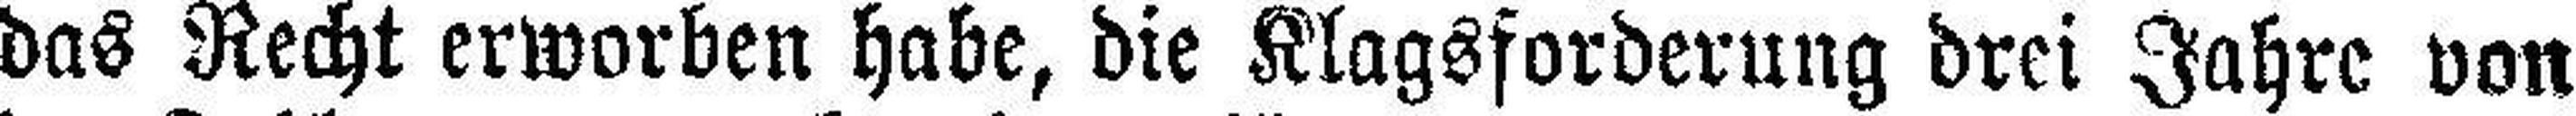
das Recht erworben habe, die Klagsforderung drei Jahre von